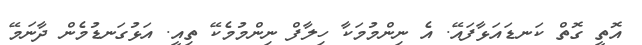
އޮތީ ގޮތް ކަނޑައަޅާފައޭ. އެ ނިންމުމަކާ ހިލާފް ނިންމުމެކޭ ތިއީ. އަޅުގަނޑުމެން ދާނަމޭ